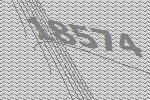
18574